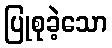
ပြုစုခဲ့သော